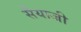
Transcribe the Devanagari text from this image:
सैयाजी